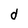
Character: d